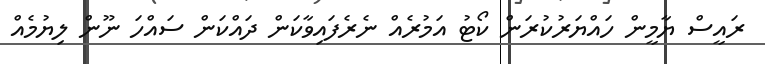
ރައީސް ޔާމީން ހައްޔަރުކުރަން ކޯޓު އަމުރެއް ނެރެފައިވާކަން ދައްކަން ސައްހަ ނޫން ލިޔުމެއް